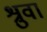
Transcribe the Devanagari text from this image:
श्रुवा